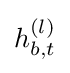
h_{b,t}^{(l)}